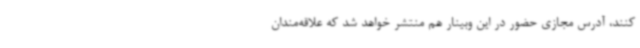
کنند، آدرس مجازی حضور در این وبینار هم منتشر خواهد شد که علاقه‌مندان